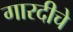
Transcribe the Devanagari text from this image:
गारदीचे